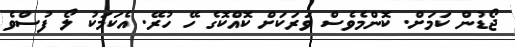
ޖޯޑުން ކަމަށް. ކޮންމެވެސް ވަރަކަށް ކޮއްކޮގެ ހޭ ހުރޭ. އެކަމަކު ލޯ ފުސްވެ